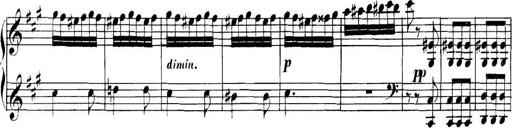
Title: Collected Piano Sonatas
Composer: Muzio Clementi